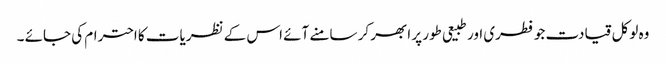
وہ لوکل قیادت جو فطری اور طبیعی طور پر ابھر کر سامنے آئے اس کے نظریات کا احترام کی جائے ۔